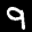
Label: 9